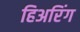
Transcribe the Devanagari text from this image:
हिअरिंग